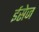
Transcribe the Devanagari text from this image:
ईसेज